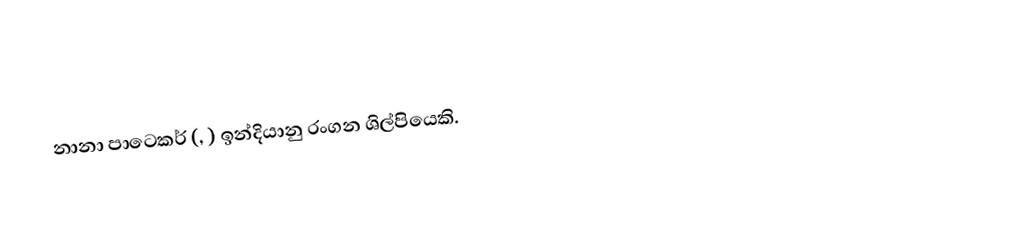
නානා පාටෙකර් (, ) ඉන්දියානු රංගන ශිල්පියෙකි.